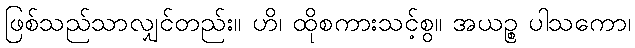
ဖြစ်သည်သာလျှင်တည်း။ ဟိ၊ ထိုစကားသင့်စွ။ အယဉ္စ ပါသကော၊